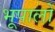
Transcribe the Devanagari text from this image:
भूपालों